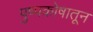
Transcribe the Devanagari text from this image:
पुष्पकोषातून